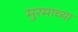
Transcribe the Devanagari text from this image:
मुरमाच्या